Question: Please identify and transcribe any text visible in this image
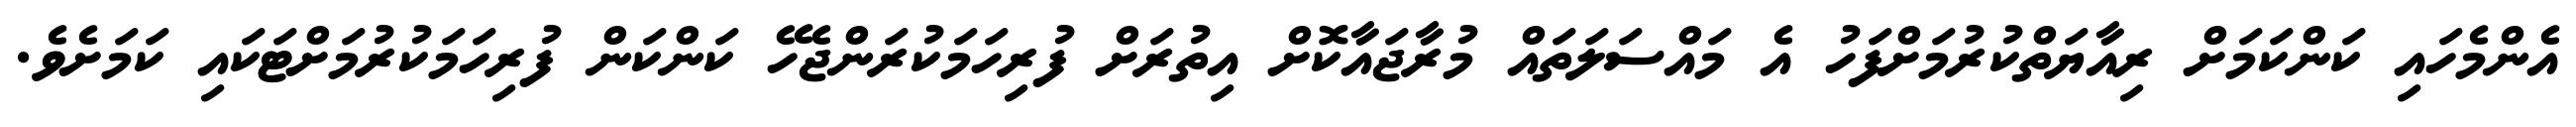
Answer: އެންމެހައި ކަންކަމަށް ރިއާޔަތްކުރުމަށްފަހު އެ މައްސަލަތައް މުރާޖައާކޮށް އިތުރަށް ފުރިހަމަކުރަންޖެހޭ ކަންކަން ފުރިހަމަކުރުމަށްޓަކައި ކަމަށެވެ.